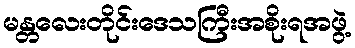
မန္တလေးတိုင်းဒေသကြီးအစိုးရအဖွဲ့